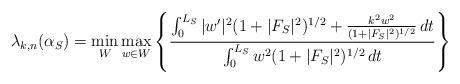
LaTeX: \begin{align*}\lambda_{k,n}(\alpha_S) = \min_W \max_{w \in W} \left\{ \frac{\int_0^{L_S} | w' |^2 (1+|F_S|^2)^{1/2} + \frac{k^2 w^2}{(1+|F_S|^2)^{1/2}} \,dt}{\int_0^{L_S} w^2 (1+|F_S|^2)^{1/2} \,dt} \right\}\end{align*}